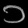
Digit: ၁